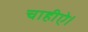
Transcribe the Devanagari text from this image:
चाहीऐ।